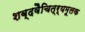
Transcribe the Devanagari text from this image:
शब्दवैचित्र्यमूलक